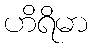
ဟိရိမာ